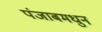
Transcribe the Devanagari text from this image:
पंजाबमधुन